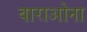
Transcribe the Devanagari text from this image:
बाराओना